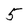
Character: 5